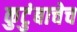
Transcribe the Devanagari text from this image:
कुटुंबाचेच